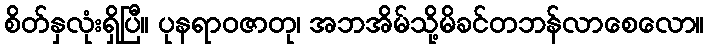
စိတ်နှလုံးရှိပြီ။ ပုနရာဝဇာတု၊ အဘအိမ်သို့မိခင်တဘန်လာစေလော။